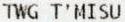
TWG T'MISU